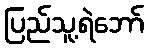
ပြည်သူ့ရဲဘော်